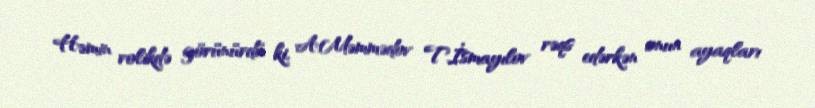
Həmin rolikdə görünürdü ki, A.Məmmədov T.İsmayılov rəqs edərkən onun ayaqları